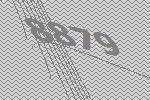
8879